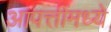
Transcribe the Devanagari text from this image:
आपत्तींमध्ये